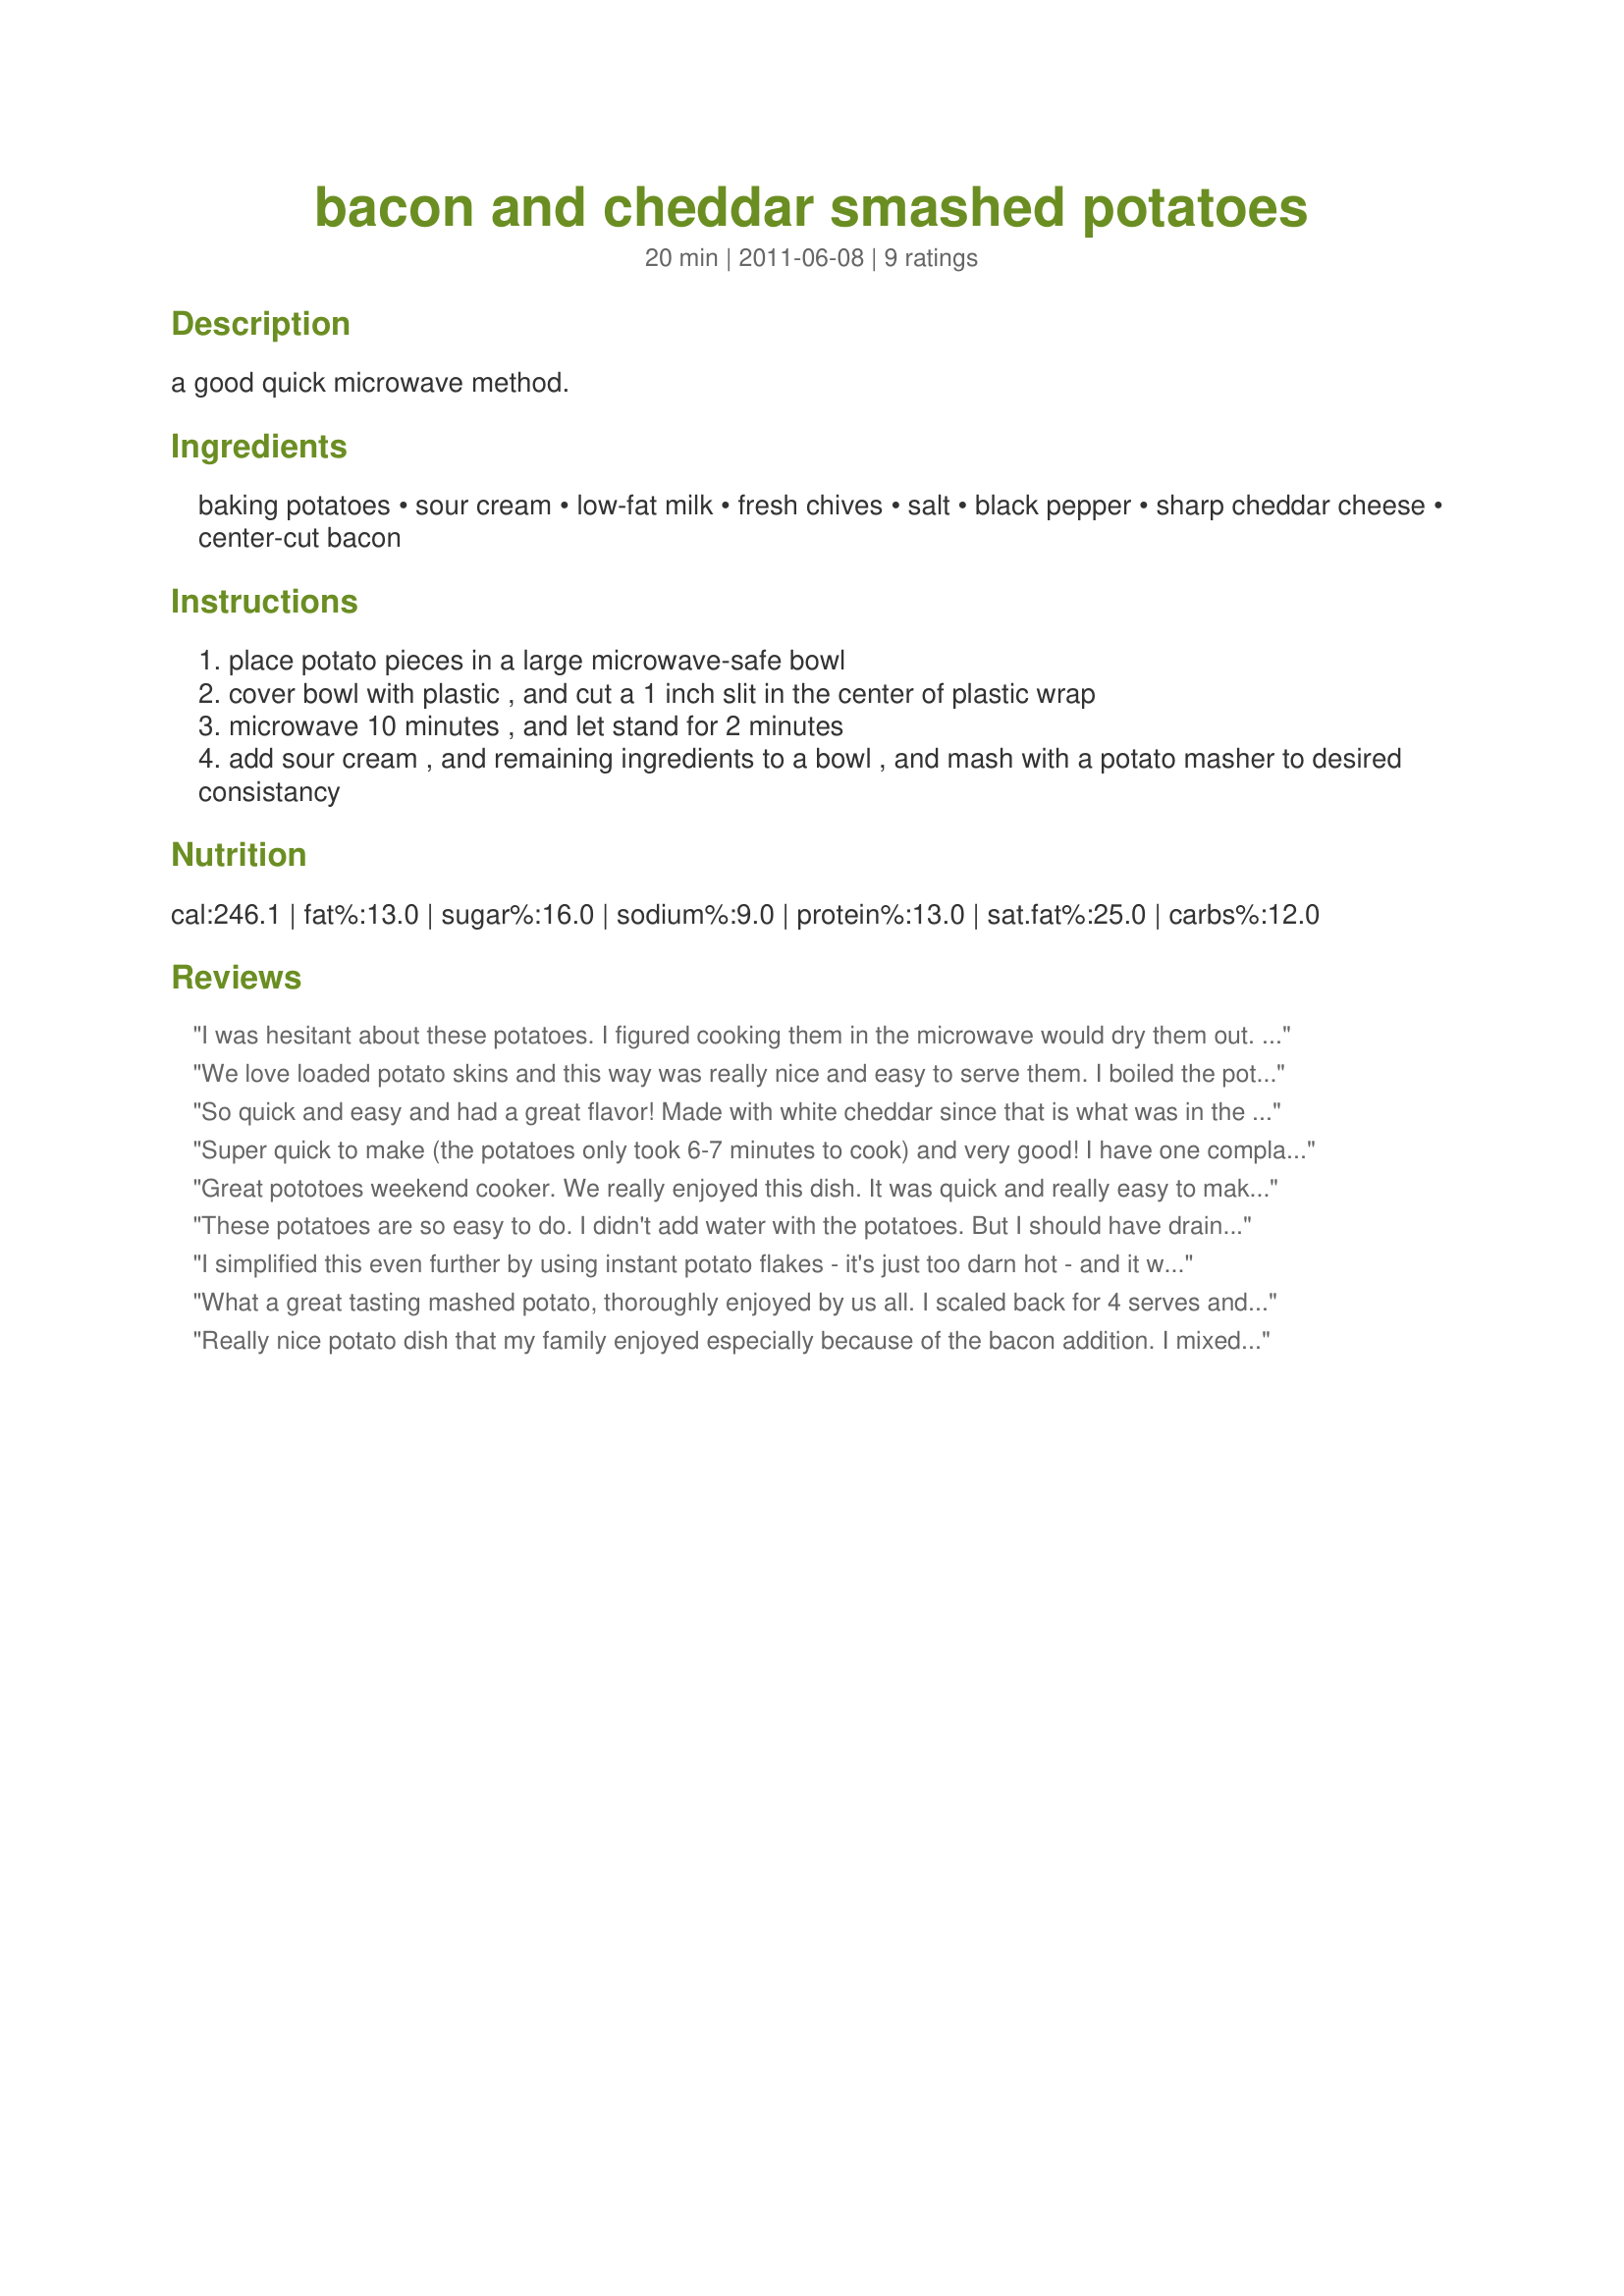
bacon and cheddar smashed potatoes
Preparation time: 20 minutes

a good quick microwave method.

Ingredients:
baking potatoes, sour cream, low-fat milk, fresh chives, salt, black pepper, sharp cheddar cheese, center-cut bacon

Steps:
place potato pieces in a large microwave-safe bowl
cover bowl with plastic , and cut a 1 inch slit in the center of plastic wrap
microwave 10 minutes , and let stand for 2 minutes
add sour cream , and remaining ingredients to a bowl , and mash with a potato masher to desired consistancy

Reviews:
I was hesitant about these potatoes. I figured cooking them in the microwave would dry them out. I was wrong. I did add about a tbsp of water to the bottom of the bowl so that it would steam them. It only took 7 minutes instead of 10 as stated. I used a little less sour cream & added 1 tbsp of butter when mashing them. This dish reminded me of a loaded back potato without hassle of the skin (I hate the skin). Made for Everyday is a Holiday Tag
We love loaded potato skins and this way was really nice and easy to serve them. I boiled the potatoes rather than nuke em. We enjoyed this but next time will save the bacon to use as a topping rather than mix it in. Thanks for sharing the recipe.
So quick and easy and had a great flavor! Made with white cheddar since that is what was in the fridge, but left the rest of the ingredients as is. I didn&#039;t mash the potatoes too much, left them kind of chunky. Made for Zaar Stars.
Super quick to make (the potatoes only took 6-7 minutes to cook) and very good! I have one complaint though - the portion size is too small! I made 1 portion and there really wasn't enough of this yummy dish. I would double it. I did use more bacon and reserved about half the chives and bacon to sprinkle on top and it looks nice too. Made for 1~2~3 tag game. Thanks weekend cooker! :)
Great pototoes weekend cooker. We really enjoyed this dish. It was quick and really easy to make with nice results. Made exactly as written and wouldn't change a thing...except that I would remember to add the chives. The texture was perfect and the flavor spot on. Thanks for sharing a recipe that we really enjoyed and will make again.
These potatoes are so easy to do. I didn't add water with the potatoes. But I should have drained them. And next time I won't pour all the milk and sour cream at the same time. I'll mash and add a few at a time. Cause they were a bit liquid. I put them back in the microwave and they were better. They were yummy with hamburger steak. Thanks weekend cooker :) Made for PRMR tag game
I simplified this even further by using instant potato flakes - it's just too darn hot - and it worked out really well. I made only two portions but used two strips of bacon. I chopped the bacon and then fried it - I find this releases more of the fat. I did not add any salt, as the cheese and bacon added enough for our taste. I might not use the sour cream next time - I love sour cream in mashed potatoes, but for me this was almost too many flavors in the dish. I had never considered mixing bacon or cheese right into the mashed potatoes, great idea.
What a great tasting mashed potato, thoroughly enjoyed by us all. I scaled back for 4 serves and the 3 of us ate up the lot and would quite happily have had more. I used Carisma potatoes which are a low GI potato and cooked them up in a pot of water and used all the other ingredients as directed. Thank you weekend cooker, made for Please Review My Recipe.
Really nice potato dish that my family enjoyed especially because of the bacon addition. I mixed in all the cheese even though you have "divided" in your ingredients because that just did not make sense. I did add 5 pieces of crispy bacon as 1 just was not going to be enough for our family. Great dish and I loved that I did not have to turn on an oven or the stovetop for it - really is wonderful for these hot summer days. Made for Went to the Market game.
